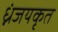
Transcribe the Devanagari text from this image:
ध्नंजयकृत